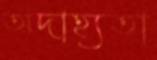
অদাহ্যতা